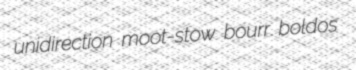
unidirection moot-stow bourr boldos